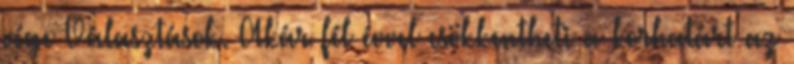
vége Választások. Akár fél évvel csökkentheti a korhatárt az